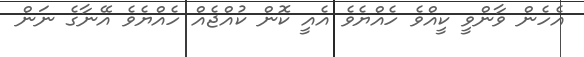
އެހެން ވާންވީ ކީއްވެ ހެއްޔެވެ އެއީ ކޮން ކުއްޖެއް ހެއްޔެވެ އޭނާގެ ނަން